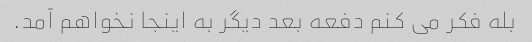
بله فکر می کنم دفعه بعد دیگر به اینجا نخواهم آمد.